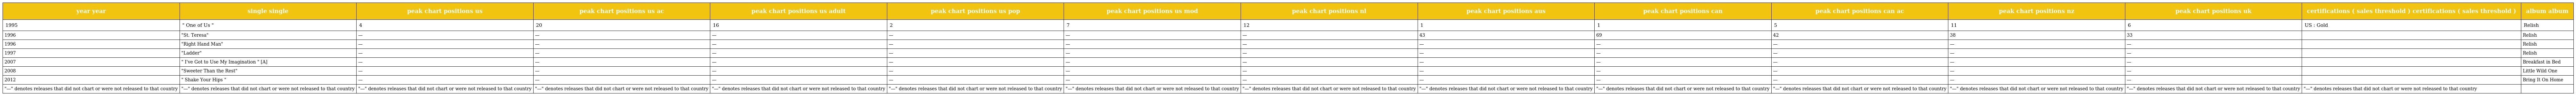
| year year | single single | peak chart positions us | peak chart positions us ac | peak chart positions us adult | peak chart positions us pop | peak chart positions us mod | peak chart positions nl | peak chart positions aus | peak chart positions can | peak chart positions can ac | peak chart positions nz | peak chart positions uk | certifications ( sales threshold ) certifications ( sales threshold ) | album album |
 | --- | --- | --- | --- | --- | --- | --- | --- | --- | --- | --- | --- | --- | --- | --- |
 | 1995 | " One of Us " | 4 | 20 | 16 | 2 | 7 | 12 | 1 | 1 | 5 | 11 | 6 | US : Gold | Relish |
 | 1996 | "St. Teresa" | — | — | — | — | — | — | 43 | 69 | 42 | 38 | 33 |  | Relish |
 | 1996 | "Right Hand Man" | — | — | — | — | — | — | — | — | — | — | — |  | Relish |
 | 1997 | "Ladder" | — | — | — | — | — | — | — | — | — | — | — |  | Relish |
 | 2007 | " I've Got to Use My Imagination " [A] | — | — | — | — | — | — | — | — | — | — | — |  | Breakfast in Bed |
 | 2008 | "Sweeter Than the Rest" | — | — | — | — | — | — | — | — | — | — | — |  | Little Wild One |
 | 2012 | " Shake Your Hips " | — | — | — | — | — | — | — | — | — | — | — |  | Bring It On Home |
 | "—" denotes releases that did not chart or were not released to that country | "—" denotes releases that did not chart or were not released to that country | "—" denotes releases that did not chart or were not released to that country | "—" denotes releases that did not chart or were not released to that country | "—" denotes releases that did not chart or were not released to that country | "—" denotes releases that did not chart or were not released to that country | "—" denotes releases that did not chart or were not released to that country | "—" denotes releases that did not chart or were not released to that country | "—" denotes releases that did not chart or were not released to that country | "—" denotes releases that did not chart or were not released to that country | "—" denotes releases that did not chart or were not released to that country | "—" denotes releases that did not chart or were not released to that country | "—" denotes releases that did not chart or were not released to that country | "—" denotes releases that did not chart or were not released to that country |  |